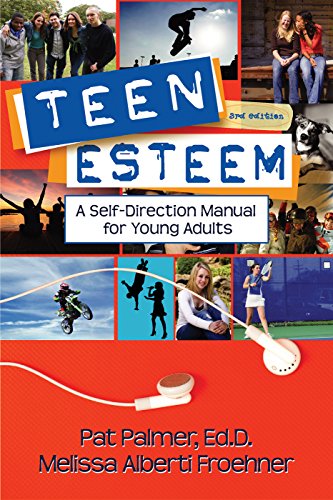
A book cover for Teen Esteem: A Self-Direction Manual for Young Adults; Pat Palmer; Teen & Young Adult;